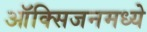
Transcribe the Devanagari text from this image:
ऑक्सिजनमध्ये